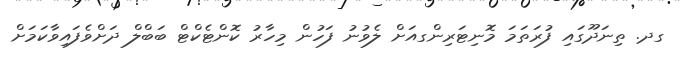
ގދ. ތިނަދޫގައި ފުރަތަމަ މޮނިޓަރިންގއަށް ލެވުނު ފަހުން މިހާރު ކޮންޓެކްޓް ބަބްލް ދަށްވެފައިވާކަމަށް